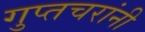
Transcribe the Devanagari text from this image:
गुप्तचरांनी